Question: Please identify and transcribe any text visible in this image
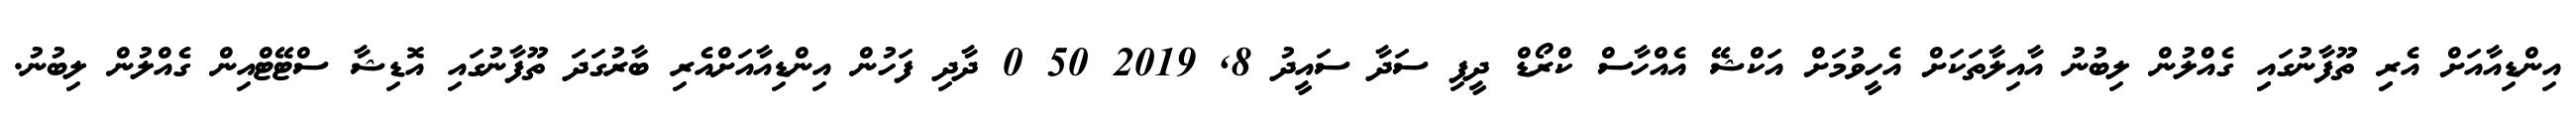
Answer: އިންޑިއާއަށް އެރިި ތޫފާނުގައިި ގެއްލުން ލިބުނު އާއިލާތަކަށް އެހީވުމަށް އަކްޝޭ އެއްހާސް ކްރޯޑް ދީފި ސަދާ ސައީދު 8, 2019 50 0 ދާދި ފަހުން އިންޑިއާއަށްއެރި ބާރުގަދަ ތޫފާނުގައި އޮޑިޝާ ސްޓޭޓްއިން ގެއްލުން ލިބުނު.